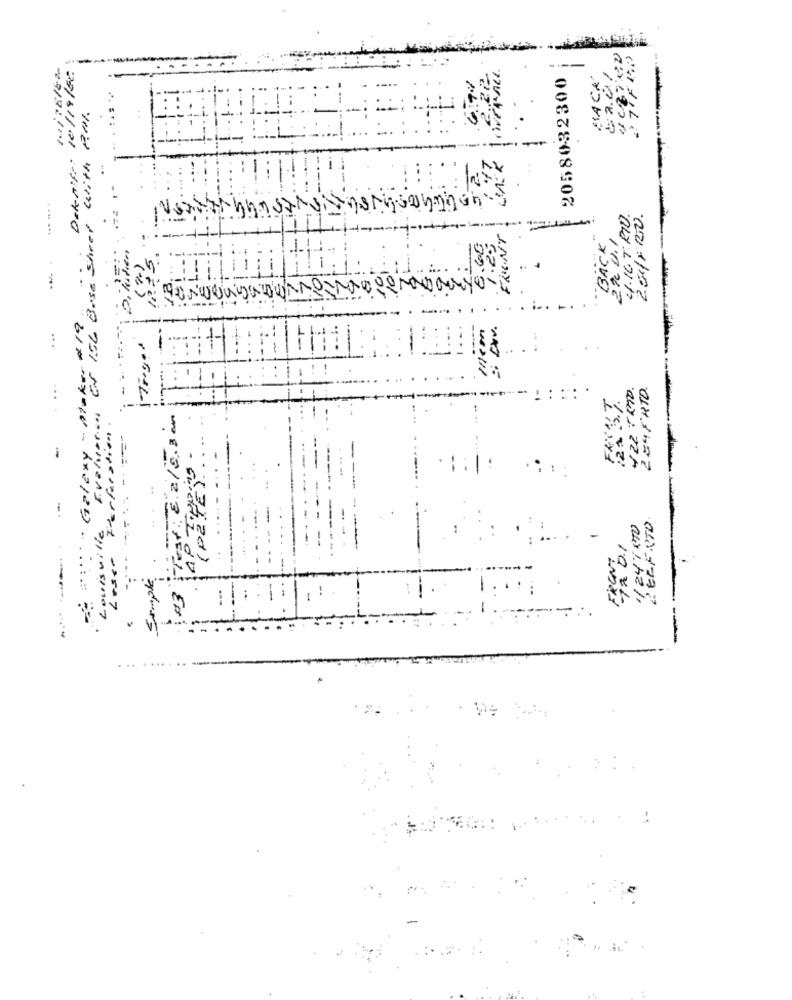
10/19/85
--
2058032300
er with All.
Galaxy - 02-65 156 Bosch Dekor ..
..... ... .
4.16 T: RID.
254FRO.
FRONT
2 x 1.1
BACK
...
H
284FRTO.
FRIST
Tear: 8.2/5.3 .
121 3
i
(PETE3)
...
DECERTO
TA 0.1
LouisUi
Sample
103
.......